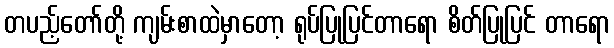
တပည့်တော်တို့ ကျမ်းစာထဲမှာတော့ ရုပ်ပြုပြင်တာရော စိတ်ပြုပြင် တာရော